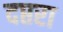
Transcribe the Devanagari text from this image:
दप्तरा